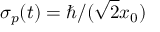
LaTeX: \sigma _ { p } ( t ) = \hbar / ( { \sqrt { 2 } } x _ { 0 } )